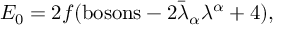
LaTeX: E _ { 0 } = 2 f ( \mathrm { b o s o n s } - 2 \bar { \lambda } _ { \alpha } \lambda ^ { \alpha } + 4 ) ,